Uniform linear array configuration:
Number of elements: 12
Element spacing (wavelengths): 0.75
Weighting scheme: blackman
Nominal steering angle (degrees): -45
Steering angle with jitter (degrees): -45.557
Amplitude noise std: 0.05
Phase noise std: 0.05

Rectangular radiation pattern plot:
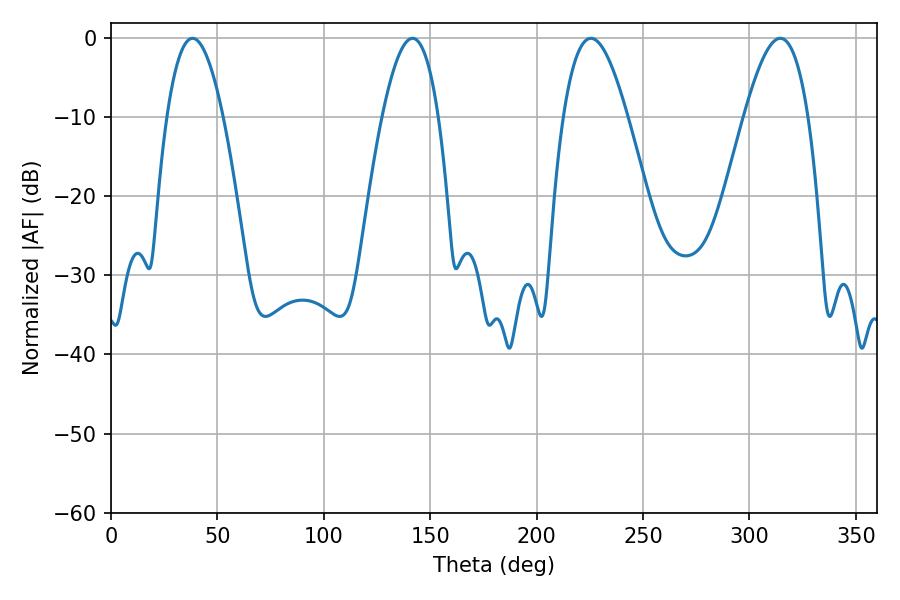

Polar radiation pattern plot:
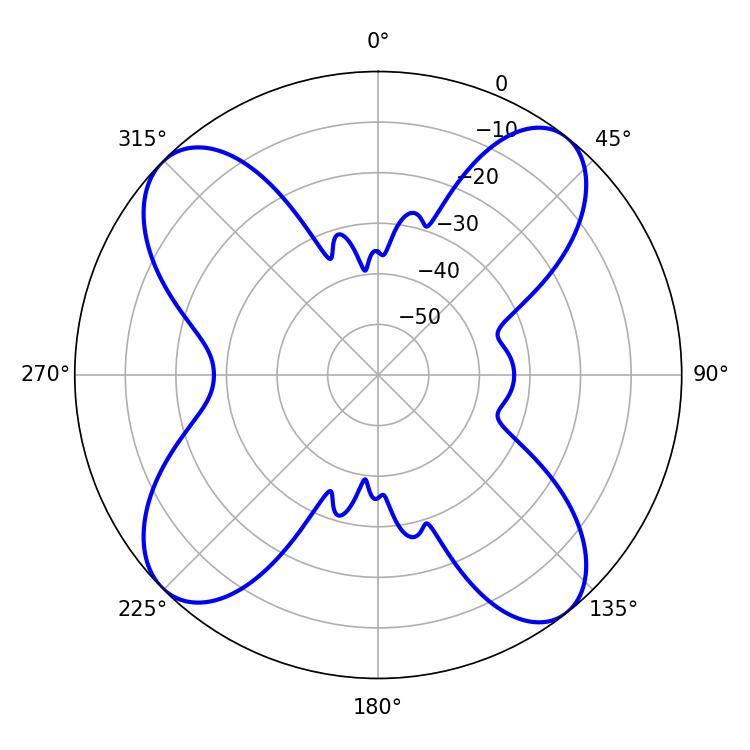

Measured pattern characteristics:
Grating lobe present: TRUE
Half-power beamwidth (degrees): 14.4
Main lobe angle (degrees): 141.66